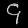
Digit: ၄